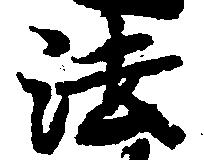
法